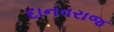
દાનવરાજ